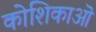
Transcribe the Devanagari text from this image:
कोशिकाऒ